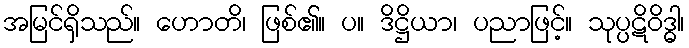
အမြင်ရှိသည်။ ဟောတိ၊ ဖြစ်၏။ ပ။ ဒိဋ္ဌိယာ၊ ပညာဖြင့်။ သုပ္ပဋိဝိဒ္ဓါ၊